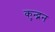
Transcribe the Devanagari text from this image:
कुन्द्नन